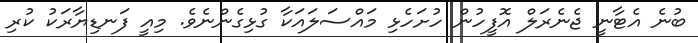
ބުނެ އެޓާނީ ޖެނެރަލް އޮފީހުން ހުށަހެޅި މައްސަލައަކާ ގުޅިގެންނެވެ. މިއީ ފަނޑިޔާރަކު ކުރި